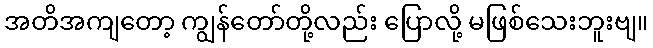
အတိအကျတော့ ကျွန်တော်တို့လည်း ပြောလို့ မဖြစ်သေးဘူးဗျ။